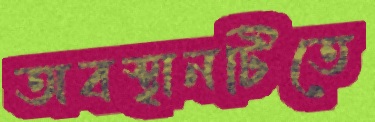
অবস্থানটিতে